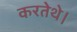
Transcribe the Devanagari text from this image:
करतेथे।